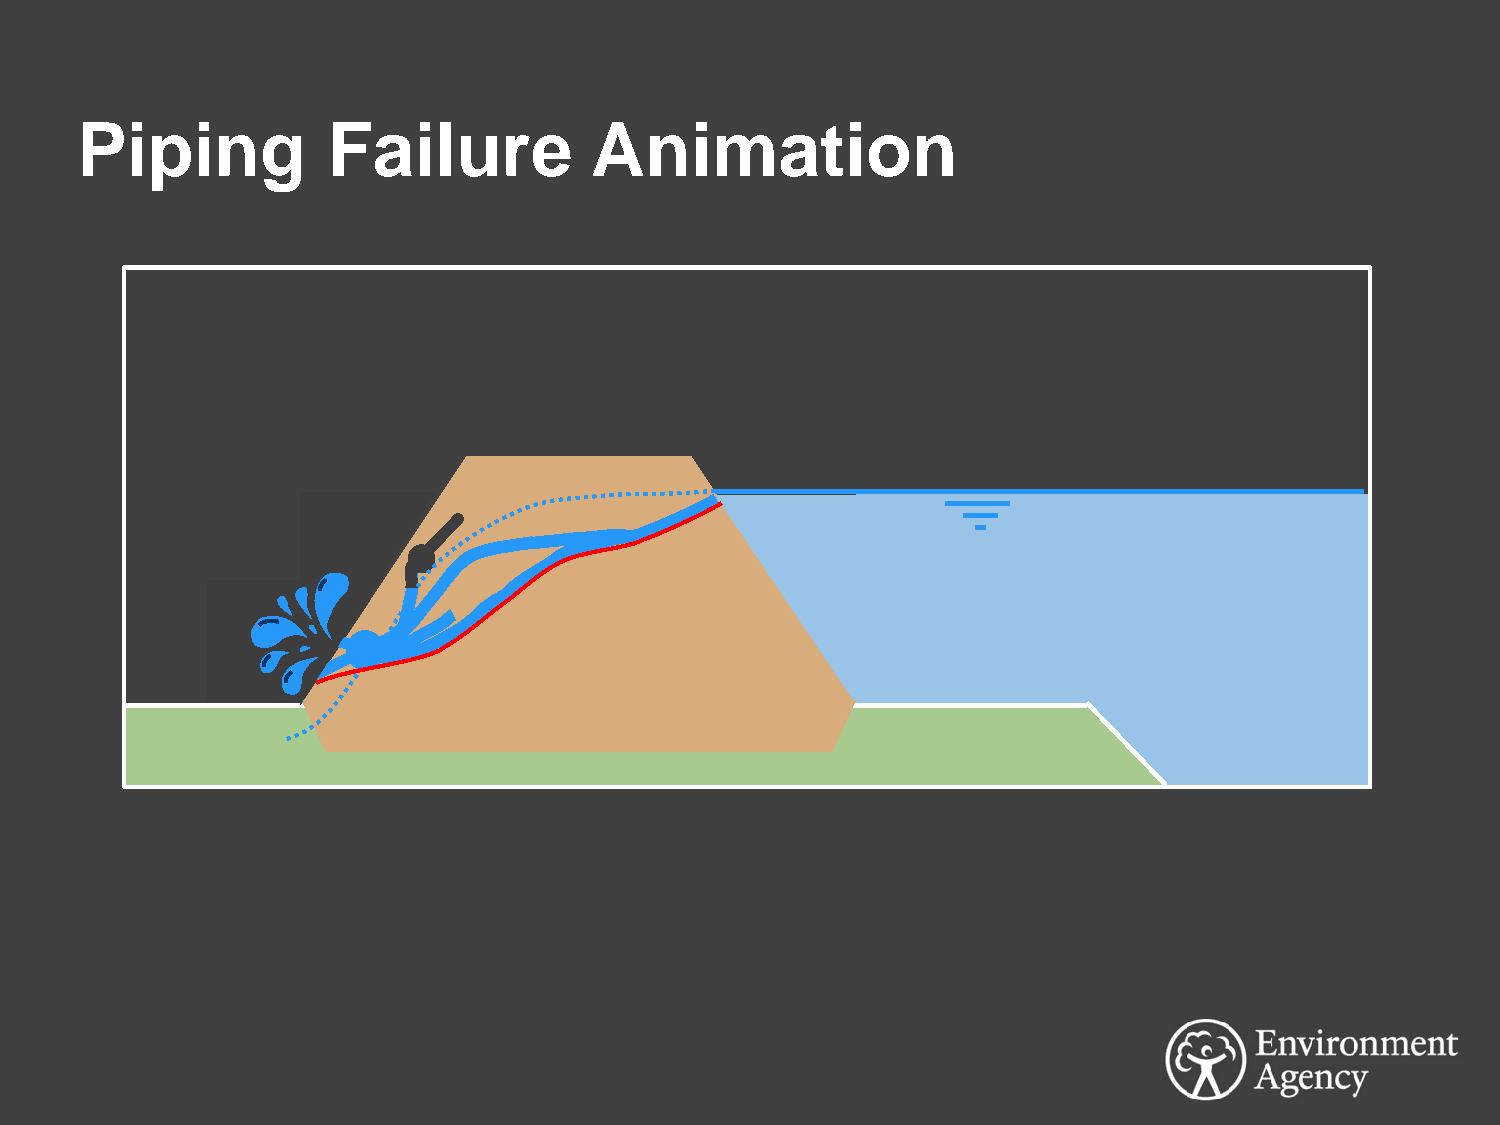
Piping           Failure          Animation